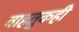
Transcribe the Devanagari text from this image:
वाहतुकही